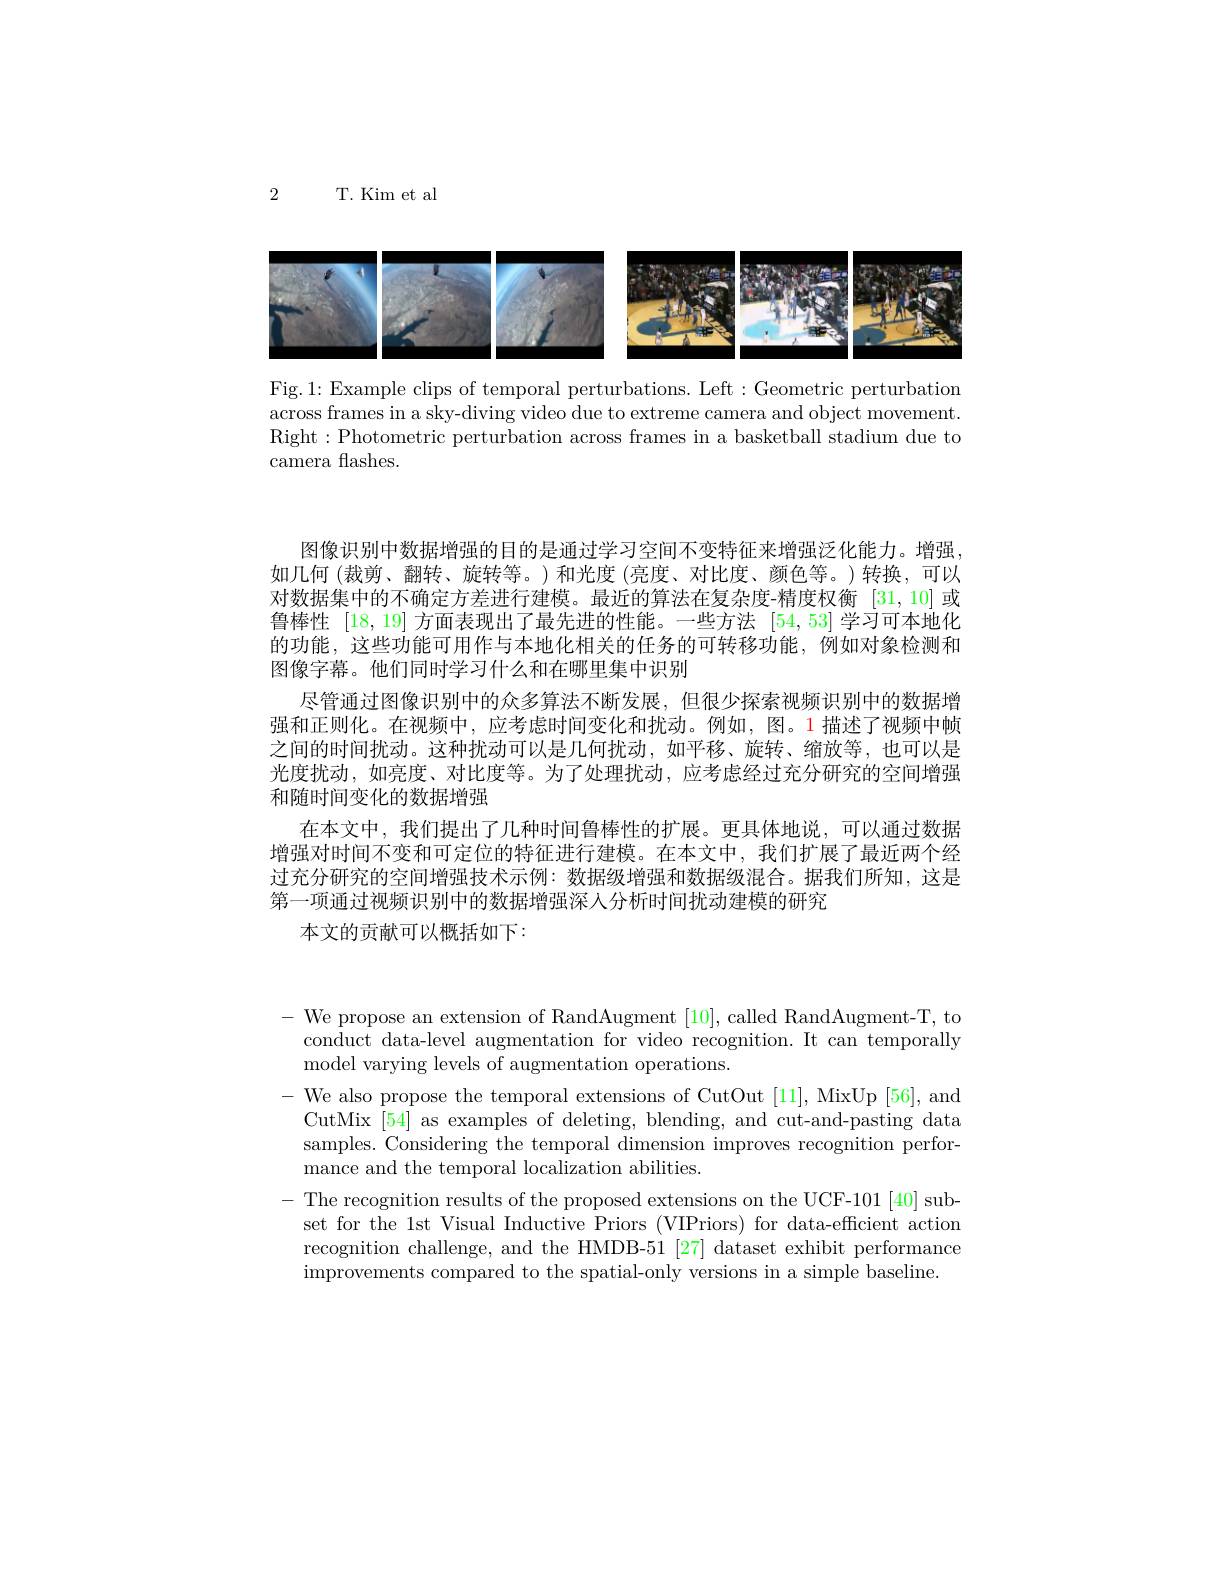
2

T. Kim et al

<FigureHere>

Fig.1: Example clips of temporal perturbations. Left: Geometric perturbation across frames in a sky-diving video due to extreme camera and object movement. Right:Photometric perturbation across frames in a basketball stadium due to camera flashes.

图像识别中数据增强的目的是通过学习空间不变特征来增强泛化能力。增强， 如几何(裁剪、翻转、旋转等。)和光度(亮度、对比度、颜色等。)转换，可以对数据集中的不确定方差进行建模。最近的算法在复杂度-精度权衡[31,10]或鲁棒性[18,19]方面表现出了最先进的性能。一些方法[54,53]学习可本地化的功能，这些功能可用作与本地化相关的任务的可转移功能，例如对象检测和图像字幕。他们同时学习什么和在哪里集中识别
尽管通过图像识别中的众多算法不断发展，但很少探索视频识别中的数据增强和正则化。在视频中，应考虑时间变化和扰动。例如，图。1描述了视频中帧之间的时间扰动。这种扰动可以是几何扰动，如平移、旋转、缩放等，也可以是光度扰动，如亮度、对比度等。为了处理扰动，应考虑经过充分研究的空间增强和随时间变化的数据增强
在本文中，我们提出了几种时间鲁棒性的扩展。更具体地说，可以通过数据增强对时间不变和可定位的特征进行建模。在本文中，我们扩展了最近两个经过充分研究的空间增强技术示例：数据级增强和数据级混合。据我们所知，这是第一项通过视频识别中的数据增强深人分析时间扰动建模的研究
本文的贡献可以概括如下：

- We propose an extension of RandAugment [10], called RandAugment-T, to
conduct data-level augmentation for video recognition. It can temporally
model varying levels of augmentation operations
- We also propose the temporal extensions of CutOut [11], MixUp [56], and
CutMix [54] as examples of deleting, blending, and cut-and-pasting data samples. Considering the temporal dimension improves recognition performance and the temporal localization abilities.
- The recognition results of the proposed extensions on the UCF-101 [40] sub-
set for the 1st Visual Inductive Priors (VIPriors) for data-efficient action recognition challenge, and the HMDB-51 [27] dataset exhibit performance improvements compared to the spatial- only versions in a simple baseline